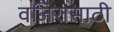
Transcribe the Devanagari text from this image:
वजिरासाठी